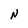
Character: N